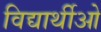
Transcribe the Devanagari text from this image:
विद्यार्थीओ